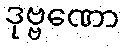
ဒုဗ္ဗဏော